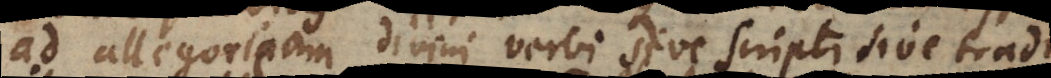
ad allegoricam divini verbi sive scripti sive traditi